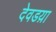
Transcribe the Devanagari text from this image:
देवडय़ा